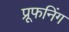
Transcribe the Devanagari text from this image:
प्रूफनिंग